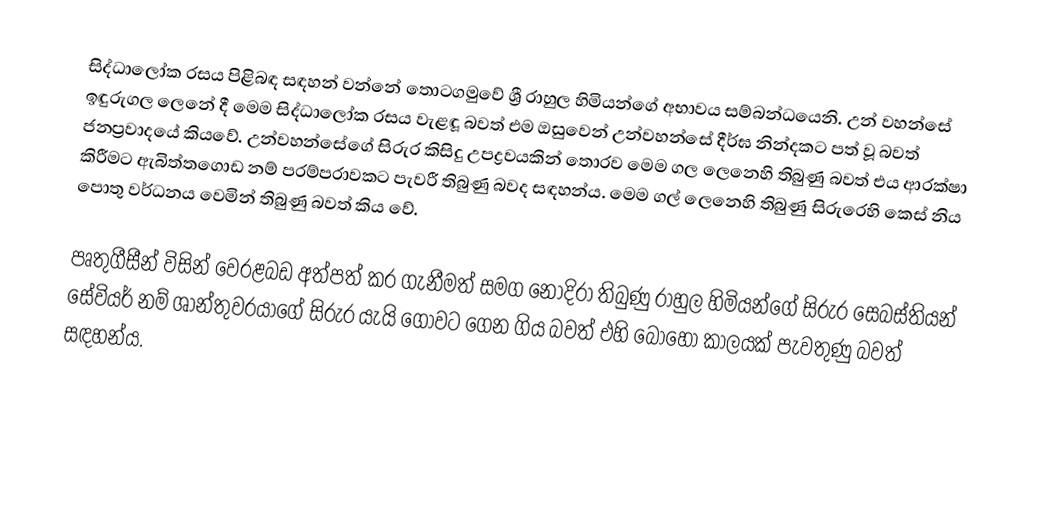
සිද්ධාලෝක රසය පිළිබඳ සඳහන් වන්නේ තොටගමුවේ ශ්‍රී රාහුල හිමියන්ගේ අභාවය සම්බන්ධයෙනි. උන් වහන්සේ ඉඳුරුගල ලෙනේ දී මෙම සිද්ධාලෝක රසය වැළඳූ බවත් එම ඔසුවෙන් උන්වහන්සේ දීර්ඝ නින්දකට පත් වූ බවත් ජනප්‍රවාදයේ කියවේ. උන්වහන්සේගේ සිරුර කිසිදු උපද්‍රවයකින් තොරව මෙම ගල ලෙනෙහි තිබුණු බවත් එය ආරක්ෂා කිරීමට ඇබිත්තගොඩ නම් පරම්පරාවකට පැවරී තිබුණු බවද සඳහන්ය. මෙම ගල් ලෙනෙහි තිබුණු සිරුරෙහි කෙස් නිය පොතු වර්ධනය වෙමින් තිබුණු බවත් කිය වේ.

පෘතුගීසීන් විසින් වෙරළබඩ අත්පත් කර ගැනීමත් සමග නොදිරා තිබුණු රාහුල හිමියන්ගේ සිරුර සෙබස්තියන් සේවියර් නම් ශාන්තුවරයාගේ සිරුර යැයි ගෝවට ගෙන ගිය බවත් එහි බොහෝ කාලයක් පැවතුණු බවත් සඳහන්ය.